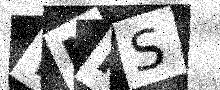
Text: WMPS